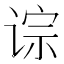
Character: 𫟡